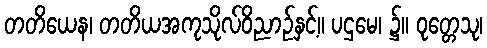
တတိယေန၊ တတိယအကုသိုလ်ဝိညာဉ်နှင့်။ ပဌမေ၊ ၌။ ဝုတ္တေသု၊